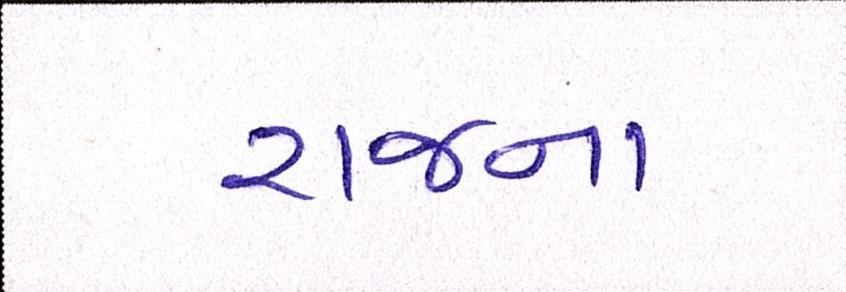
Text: રાજના